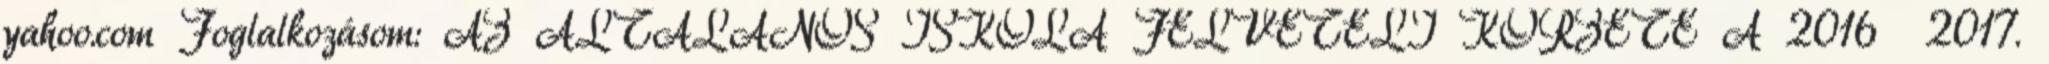
yahoo.com Foglalkozásom: AZ ÁLTALÁNOS ISKOLA FELVÉTELI KÖRZETE A 2016 2017.